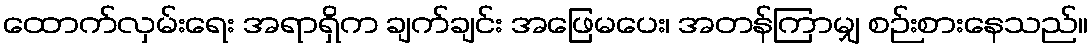
ထောက်လှမ်းရေး အရာရှိက ချက်ချင်း အဖြေမပေး၊ အတန်ကြာမျှ စဉ်းစားနေသည်။